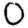
Digit: 0